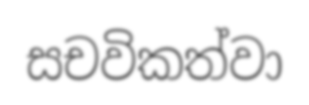
සචවිකත්වා